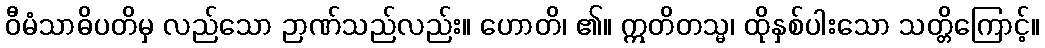
ဝီမံသာဓိပတိမှ လည်သော ဉာဏ်သည်လည်း။ ဟောတိ၊ ၏။ ဣတိတသ္မ၊ ထိုနှစ်ပါးသော သတ္တိကြောင့်။